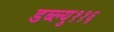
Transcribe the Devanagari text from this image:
डब्ल्यु११६